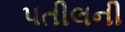
પતીલની